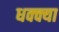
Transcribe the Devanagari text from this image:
धक्क्या